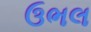
ઉભલ